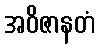
အဝိဇာနတံ